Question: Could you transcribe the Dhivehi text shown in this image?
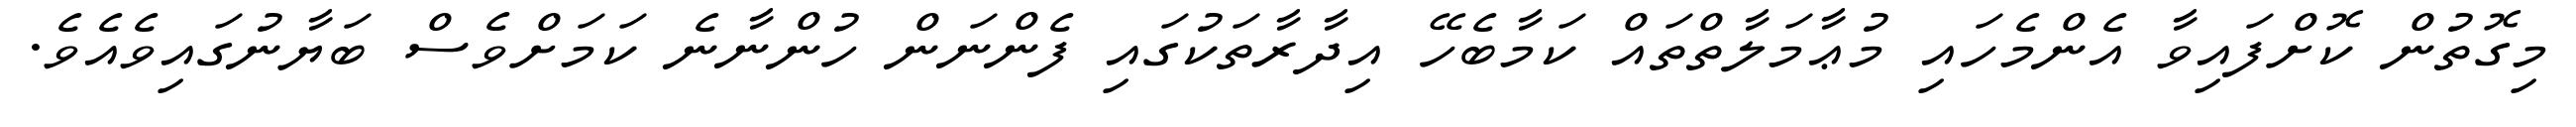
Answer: މިގޮތުން ކޮށްފައިވާ އެންމެހައި މުޢާމަލާތްތައް ކަމާބެހޭ އިދާރާތަކުގައި ފެންނަން ހުންނާނެ ކަމަށްވެސް ބަޔާނުގައިވެއެވެ.